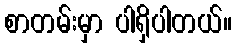
စာတမ်းမှာ ပါရှိပါတယ်။